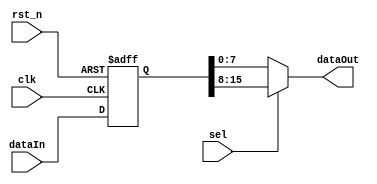
module FF_send(
	input clk, rst_n, sel,
	input [15:0]dataIn,
	output [7:0]dataOut

	);

	reg [15:0]data;

	always @(posedge clk or negedge rst_n) begin : proc_reg
		if(~rst_n) begin
			data <= 0;
		end else begin
			data <= dataIn;
		end
	end

	assign dataOut = sel ? data[15:8] : data[7:0];


endmodule // FF_send